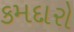
કમદારો